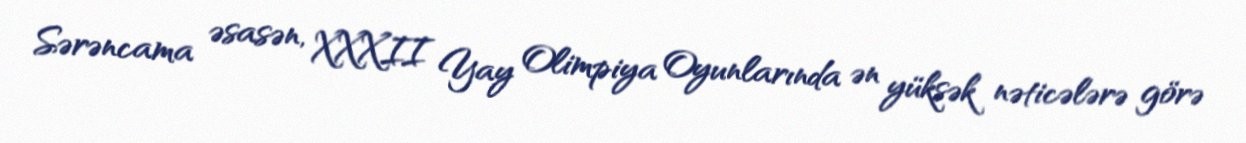
Sərəncama əsasən, XXXII Yay Olimpiya Oyunlarında ən yüksək nəticələrə görə